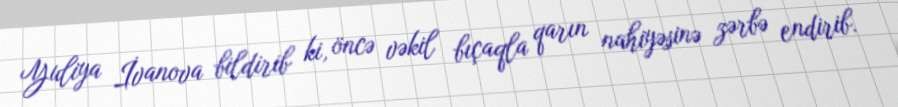
Yuliya İvanova bildirib ki, öncə vəkil bıçaqla qarın nahiyəsinə zərbə endirib.